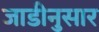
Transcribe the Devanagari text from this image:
जाडीनुसार